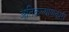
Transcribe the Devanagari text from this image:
अतिकल्याणकारी